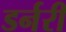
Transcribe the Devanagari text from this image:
डर्नरी